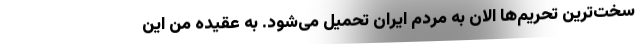
سخت‌ترین تحریم‌ها الان به مردم ایران تحمیل می‌شود. به عقیده من این